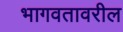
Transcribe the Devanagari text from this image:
भागवतावरील